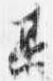
某